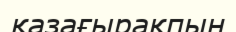
қазағырақпын